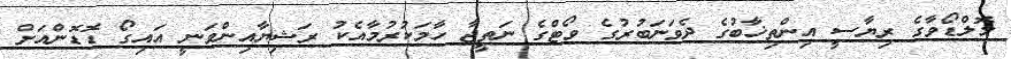
މޮލްޑޯވާގެ ރިޔާސީ އިންތިޚާބުގެ ދެވަނަބުރުގެ ވޯޓްގެ ނަތީޖާ ހާމަކުރުމާއެކު ރަޝިޔާއިންވަނީ އައިގޯ ޑޮޑޮންއަށް